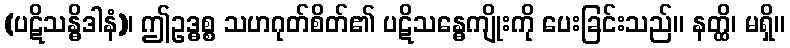
(ပဋိသန္ဓိဒါနံ)၊ ဤဥဒ္ဓစ္စ သဟဂုတ်စိတ်၏ ပဋိသန္ဓေကျိုးကို ပေးခြင်းသည်။ နတ္ထိ၊ မရှိ။